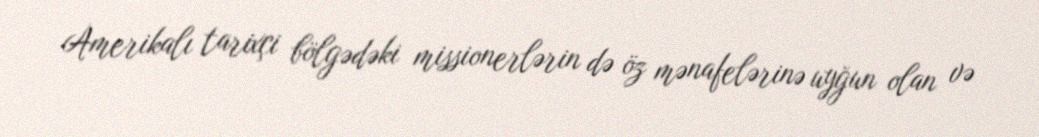
Amerikalı tarixçi bölgədəki missionerlərin də öz mənafelərinə uyğun olan və